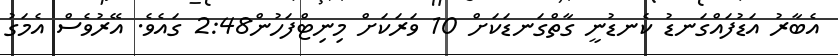
އެބާރު އަޑުފައްގަނޑު ކެނޑުނީ ގާތްގަނޑަކަށް 10 ވަރަކަށް މިނިޓްފަހުން2:48 ގައެވެ. އޭރުވެސް އެމަގު